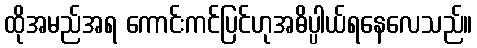
ထိုအမည်အရ ကောင်းကင်ပြင်ဟုအဓိပ္ပါယ်ရနေလေသည်။